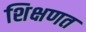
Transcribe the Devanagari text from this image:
शिक्षणत